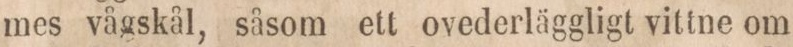
mes vågskål, såsom ett ovederläggligt vittne om